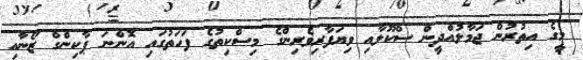
މީގެ އިތުރުން ޖަމާލުއްދީން ސްކޫލާއި ވިޔަފާރިވެރިންގެ މިސްކިތުގެ ފަހަތުގައި އޮންނަ ޕާކިންގް ޒޯނާއި